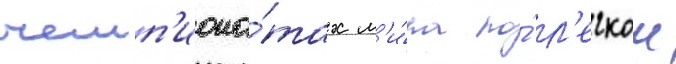
чемп'иона́тах м'и́ра по́ л'егкои